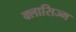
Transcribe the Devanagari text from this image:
क्लासिज्म